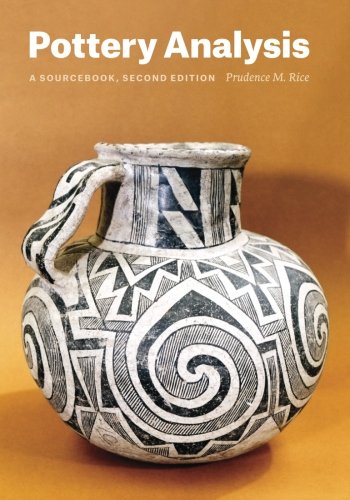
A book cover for Pottery Analysis, Second Edition: A Sourcebook; Prudence M. Rice; Politics & Social Sciences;